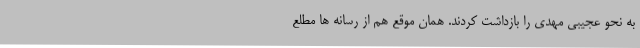
به نحو عجیبی مهدی را بازداشت کردند. همان موقع هم از رسانه ها مطلع